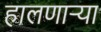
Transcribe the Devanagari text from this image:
हालणाऱ्या